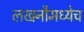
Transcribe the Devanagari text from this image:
लखनौमध्येच